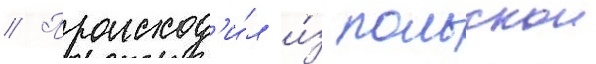
// Происход'и́л и́з польскои